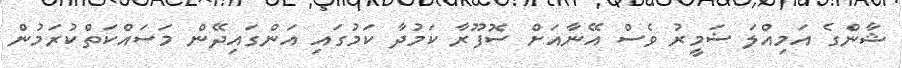
ޝާންގެ އަމިއްލަ ޟަމީރު ވެސް އޭނާއަށް ސޮފޫރާ ކަމުދާ ކަމުގައި އަންގައިދޭން މަސައްކަތްކުރަމުން